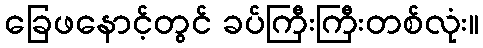
ခြေဖနောင့်တွင် ခပ်ကြီးကြီးတစ်လုံး။